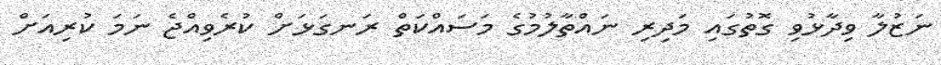
ނަޒުލާ ވިދާޅުވި ގޮތުގައި މަދިރި ނައްތާލުމުގެ މަސައްކަތް ރަނގަޅަށް ކުރެވިއްޖެ ނަމަ ކުރިއަށް